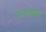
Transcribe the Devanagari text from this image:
नानार्थक।